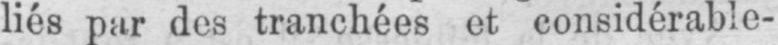
liés par des tranchées et considérable-